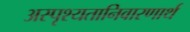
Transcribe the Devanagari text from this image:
अस्पृश्यतानिवारणार्थ